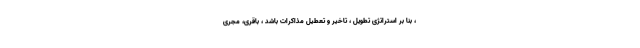
، بنا بر استراتژی تطویل ، تاخیر و تعطیل مذاکرات باشد ، باقری، مجری